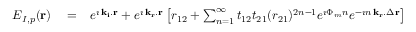
\begin{array} { r l r } { E _ { I , p } ( { \bf r } ) } & { { } = } & { e ^ { \imath \, { \bf k _ { i } } . { \bf r } } + e ^ { \imath \, { \bf k _ { r } } . { \bf r } } \left[ r _ { 1 2 } + \sum _ { n = 1 } ^ { \infty } t _ { 1 2 } t _ { 2 1 } ( r _ { 2 1 } ) ^ { 2 n - 1 } e ^ { \imath \Phi _ { m } n } e ^ { - \imath n \, { \bf k _ { r } } . \Delta { \bf r } } \right] } \end{array}